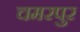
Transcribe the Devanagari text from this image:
चमरपुर